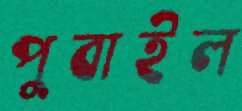
পুবাইল